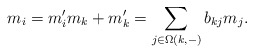
\begin{align*}m_i = m_i' m_k + m_k' = \sum_{j\in \Omega(k,-)} b_{kj} m_j.\end{align*}